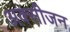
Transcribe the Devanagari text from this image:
अक्‍सीजन